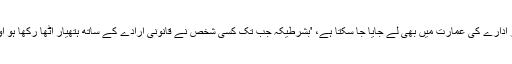
یہاں تک انہیں قانون ساز ادارے کی عمارت میں بھی لے جایا جا سکتا ہے، 'بشرطیکہ جب تک کسی شخص نے قانونی ارادے کے ساتھ ہتھیار اٹھا رکھا ہو اور اُسے چھپایا نہ گیا ہو۔